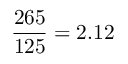
\frac { 2 6 5 } { 1 2 5 } = 2 . 1 2